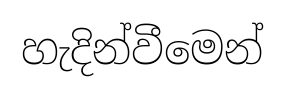
හැදින්වීමෙන්